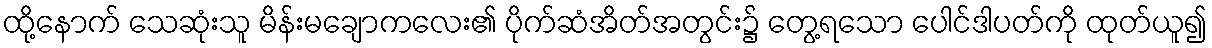
ထို့နောက် သေဆုံးသူ မိန်းမချောကလေး၏ ပိုက်ဆံအိတ်အတွင်း၌ တွေ့ရသော ပေါင်ဒါပတ်ကို ထုတ်ယူ၍